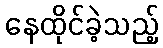
နေထိုင်ခဲ့သည့်